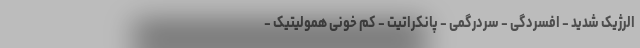
الرژیک شدید - افسردگی - سردرگمی - پانکراتیت - کم خونی همولیتیک -